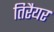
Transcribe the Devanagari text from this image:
तिरैयर